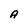
Character: A